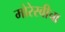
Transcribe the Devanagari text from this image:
मोरेस्बीचा